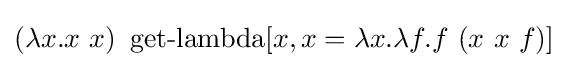
(\lambda x.x\ x)\ \operatorname {get-lambda} [x,x=\lambda x.\lambda f.f\ (x\ x\ f)]